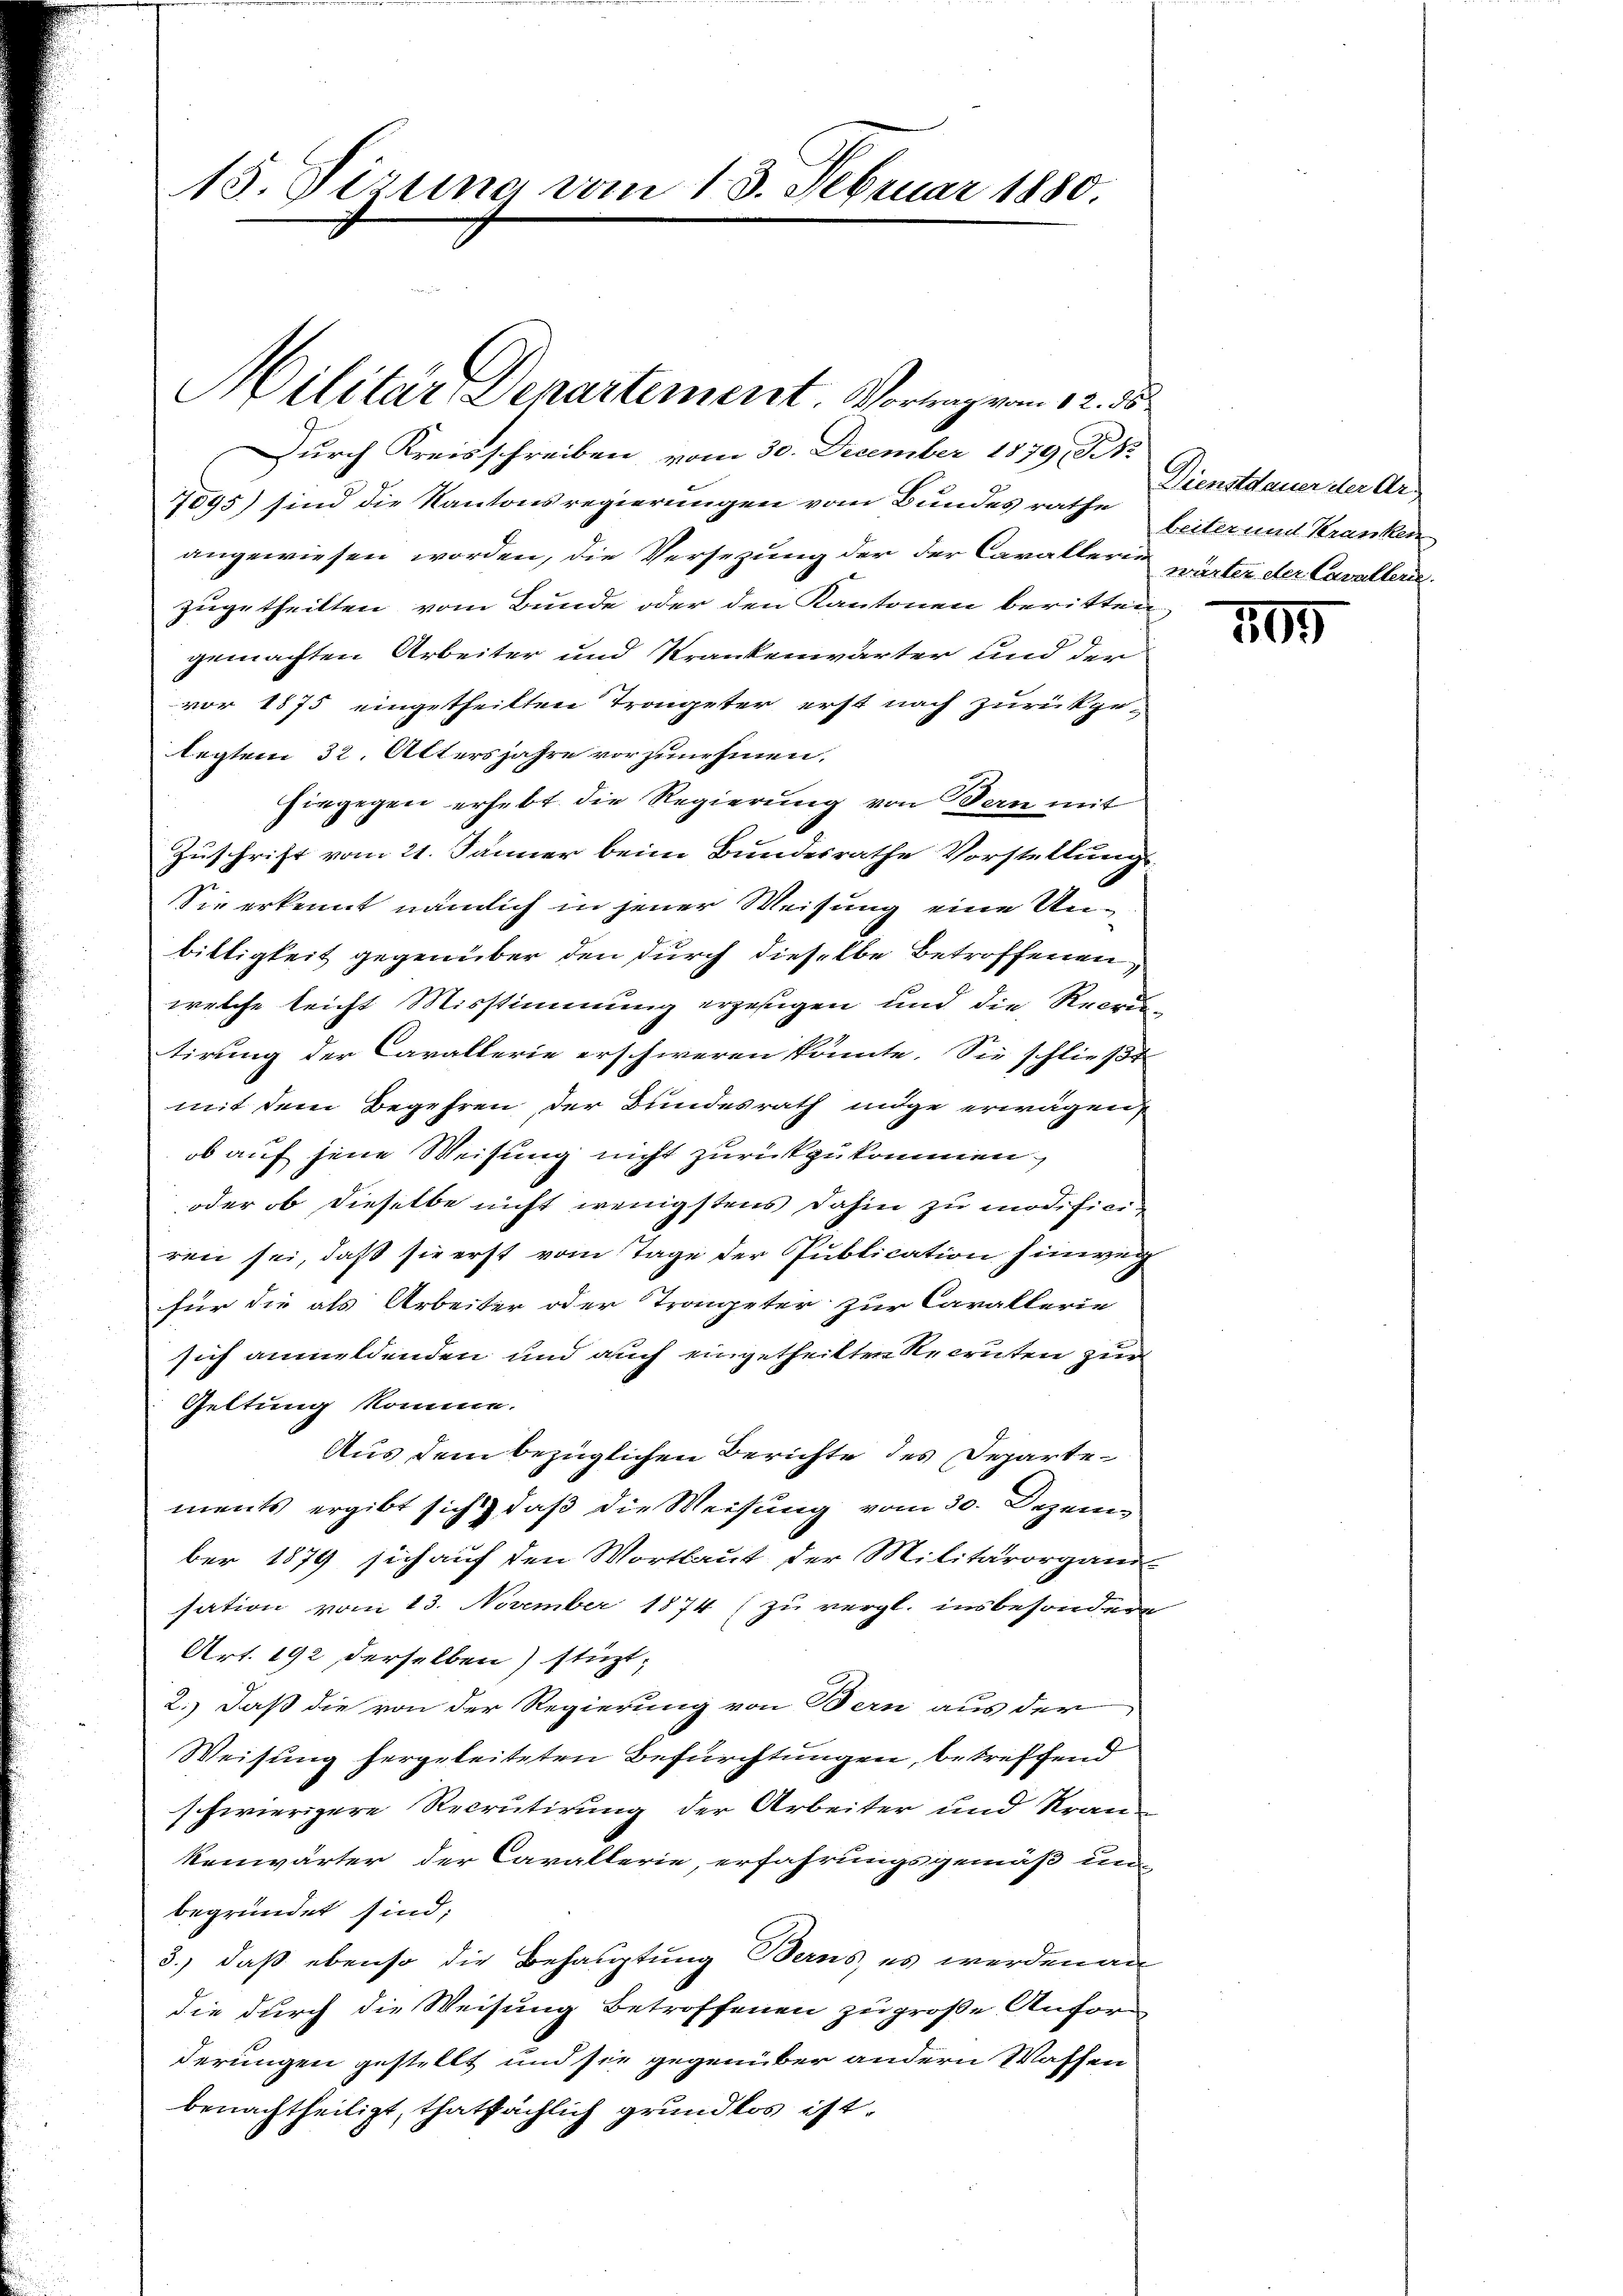
15. Sizung vom 13. Februar 1880.

Militär Departement. Vorang vom 12. ds.

Durch Kreisschreiben, vom 30. December 1879, St.
7895) sind die Kantonsregierungen vom Bundes rathe
angewiesen worden, die Versezung der der Cavaller wärter der Cavallerizugetheilten vom Bunde oder den Kantonen beritten,
gemachten Arbeiter und Krankenwärter und der
vor 1875 eingetheilten Trongeter erst nach zurückge-
legten 32. Altersjahre vorzunehmen.
hingegen erhebt die Regierung von Bern mit
Zuschrift vom 21. Jänner beim Bundesrathe Vorstellung
Sie erkennt nämlich in jener Weisung eine Unbiltigkeit gegenüber den durch dieselbe betroffenen,
welche leicht Misstimmung erzeigen und die Recrutirung der Cavallerie erschweren könnte. Sie schließt
mit dem Begehren der Bundesrath müge erwägen,
ob auf jene Weisung nicht zurückzukommen.
oder ob dieselbe nicht wenigstens dahin zu modificiren sei, daß sie erst vom Tage der Publication hinweg
für die als Arbeiter oder Trompeter zur Carallerie
sich anmeldenden und auch eingetheilten Recruten zur
Geltung komme.
Aus dem bezüglichen Berichte des Departements ergibt sich, daß die Weisung vom 30. Dezem
ber 1879 sich auf den Wortlaut der Militärorgani
sation vom 13. November 1874 (zu vergl. insbesondere
Art. 192 derselben) stüzt,
2.) Daß die von der Regierung von Bern aus der
Weisung hergeleiteten Befürchtungen, betreffend
schwierigere Recrutirung der Arbeiter und Kran
kenwärter der Cavallerie, erfahrungsgemäß um
begründet sind;
3.) daß ebenso die Behauptung Berns, es werden an
die durch die Weisung betroffenen zu große Anfor-
derungen gestellt und sie gegenüber andern Waffen
benachtheiligt, thatsächlich grundlos ist.

Dienstdauer der Arbeiter und Kranken

105